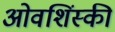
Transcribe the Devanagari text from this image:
ओवशिंस्की